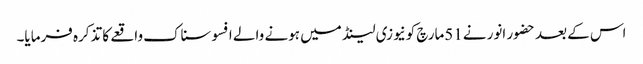
اس کے بعد حضور انور نے51مارچ کونیوزی لینڈ میں ہونے والے افسوسناک واقعے کا تذکرہ فرمایا۔